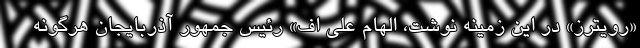
«رویترز» در این زمینه نوشت، الهام علی اف» رئیس جمهور آذربایجان هرگونه